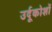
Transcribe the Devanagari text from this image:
उर्दूकोशों